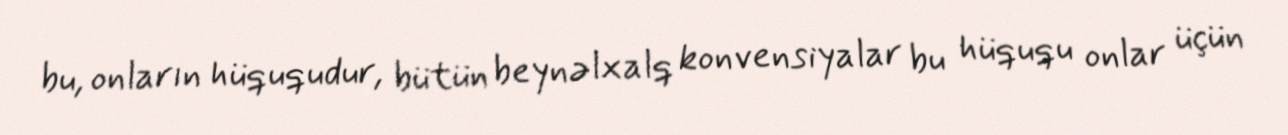
bu, onların hüququdur, bütün beynəlxalq konvensiyalar bu hüququ onlar üçün